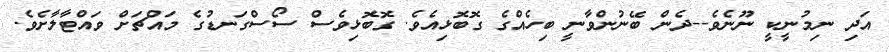
އަދި ނިމުނީކީ ނޫނެވެ--ދެން ބޭނުންވާނީ ބިހެއްގެ ގޮބޮޅިއެވެ. ގޮބޮޅިވެސް ސޯސްގަނޑުގެ މައްޗަށް ވައްޓާލާށެވެ.